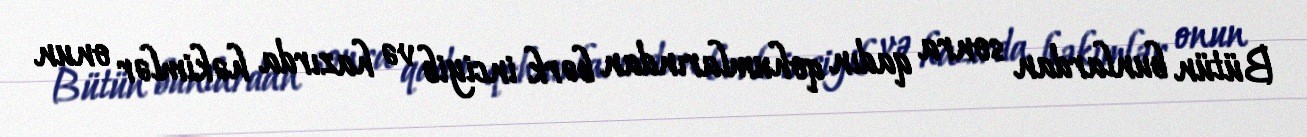
Bütün bunlardan sonra qadın qohumlarından bərk inciyib və hazırda həkimlər onun